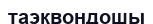
таэквондошы